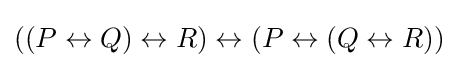
((P\leftrightarrow Q)\leftrightarrow R)\leftrightarrow (P\leftrightarrow (Q\leftrightarrow R))